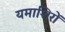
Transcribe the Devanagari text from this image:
यमाशिरों